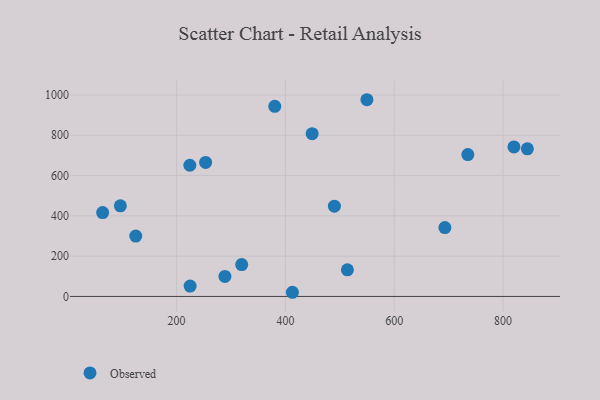
{"axis": {"x": "Ad Spend", "y": "Fuel Efficiency"}, "legend": ["Observed"], "data": [{"x": "844.8", "y": 732.5, "type": "Observed"}, {"x": "288.9", "y": 99.5, "type": "Observed"}, {"x": "380.5", "y": 943.3, "type": "Observed"}, {"x": "514.0", "y": 131.9, "type": "Observed"}, {"x": "412.9", "y": 20.7, "type": "Observed"}, {"x": "693.2", "y": 341.7, "type": "Observed"}, {"x": "820.1", "y": 742.2, "type": "Observed"}, {"x": "224.4", "y": 651.1, "type": "Observed"}, {"x": "64.1", "y": 416.1, "type": "Observed"}, {"x": "449.2", "y": 808.0, "type": "Observed"}, {"x": "253.4", "y": 665.3, "type": "Observed"}, {"x": "319.7", "y": 158.2, "type": "Observed"}, {"x": "735.4", "y": 704.1, "type": "Observed"}, {"x": "125.0", "y": 299.8, "type": "Observed"}, {"x": "96.7", "y": 449.9, "type": "Observed"}, {"x": "549.9", "y": 976.3, "type": "Observed"}, {"x": "490.1", "y": 448.0, "type": "Observed"}, {"x": "224.9", "y": 51.5, "type": "Observed"}]}